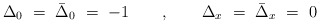
\begin{align*}\Delta_0\ =\ \bar\Delta_0\ =\ -1\qquad,\qquad\Delta_x\ =\ \bar\Delta_x\ =\ 0\end{align*}